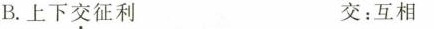
B.上下交征利 交：互相